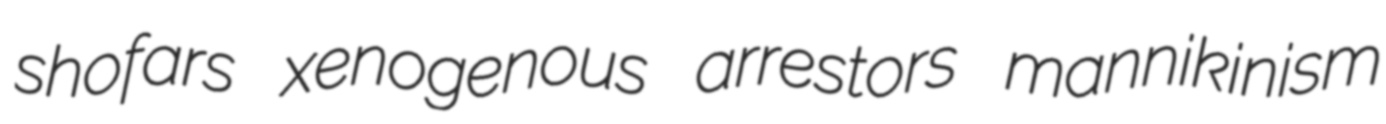
shofars xenogenous arrestors mannikinism